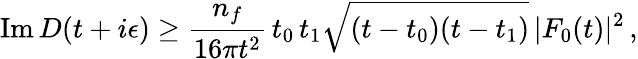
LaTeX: \mathrm{Im}\, D(t+i\epsilon)\ge{\frac{n_{f}}{16\pi t^{2}}}\, t_{0}\, t_{1}\sqrt{(t-t_{0})(t-t_{1})}\, |F_{0}(t)|^{2}\, ,